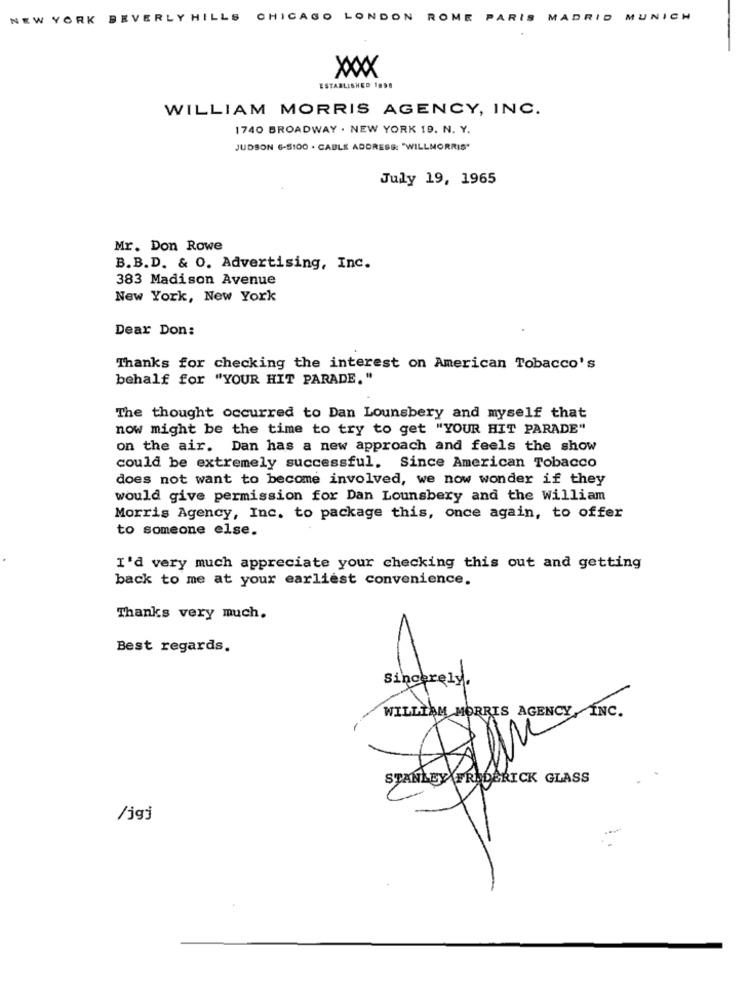
NEW YORK BEVERLY HILLS CHICAGO LONDON ROME PARIS MADRID MUNICH
XXXX
ESTABLISHED 1898
WILLIAM MORRIS AGENCY, INC.
1740 BROADWAY . NEW YORK 19. N. Y.
JUDSON 6-5:00 . CABLE ADDRESS: "WILLMORRIS"
July 19, 1965
Mr. Don Rowe
B.B.D. & O. Advertising, Inc.
383 Madison Avenue
New York, New York
Dear Don:
Thanks for checking the interest on American Tobacco's
behalf for "YOUR HIT PARADE. "
The thought occurred to Dan Lounsbery and myself that
now might be the time to try to get "YOUR HIT PARADE"
on the air. Dan has a new approach and feels the show
could be extremely successful. Since American Tobacco
does not want to become involved, we now wonder if they
would give permission for Dan Lounsbery and the William
Morris Agency, Inc. to package this, once again, to offer
to someone else.
I'd very much appreciate your checking this out and getting
back to me at your earliest convenience.
Thanks very much.
Best regards.
Sincerely
/jgj